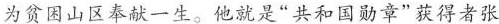
为贫困山区奉献一生。他就是”共和国勋章”获得者张